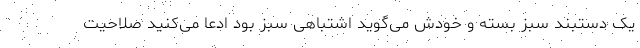
یک دستبند سبز بسته و خودش می‌گوید اشتباهی سبز بود ادعا می‌کنید صلاحیت